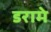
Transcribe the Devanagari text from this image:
डरामे